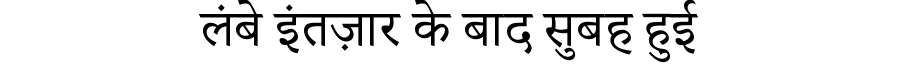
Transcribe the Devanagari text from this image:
लंबे इंतज़ार के बाद सुबह हुई